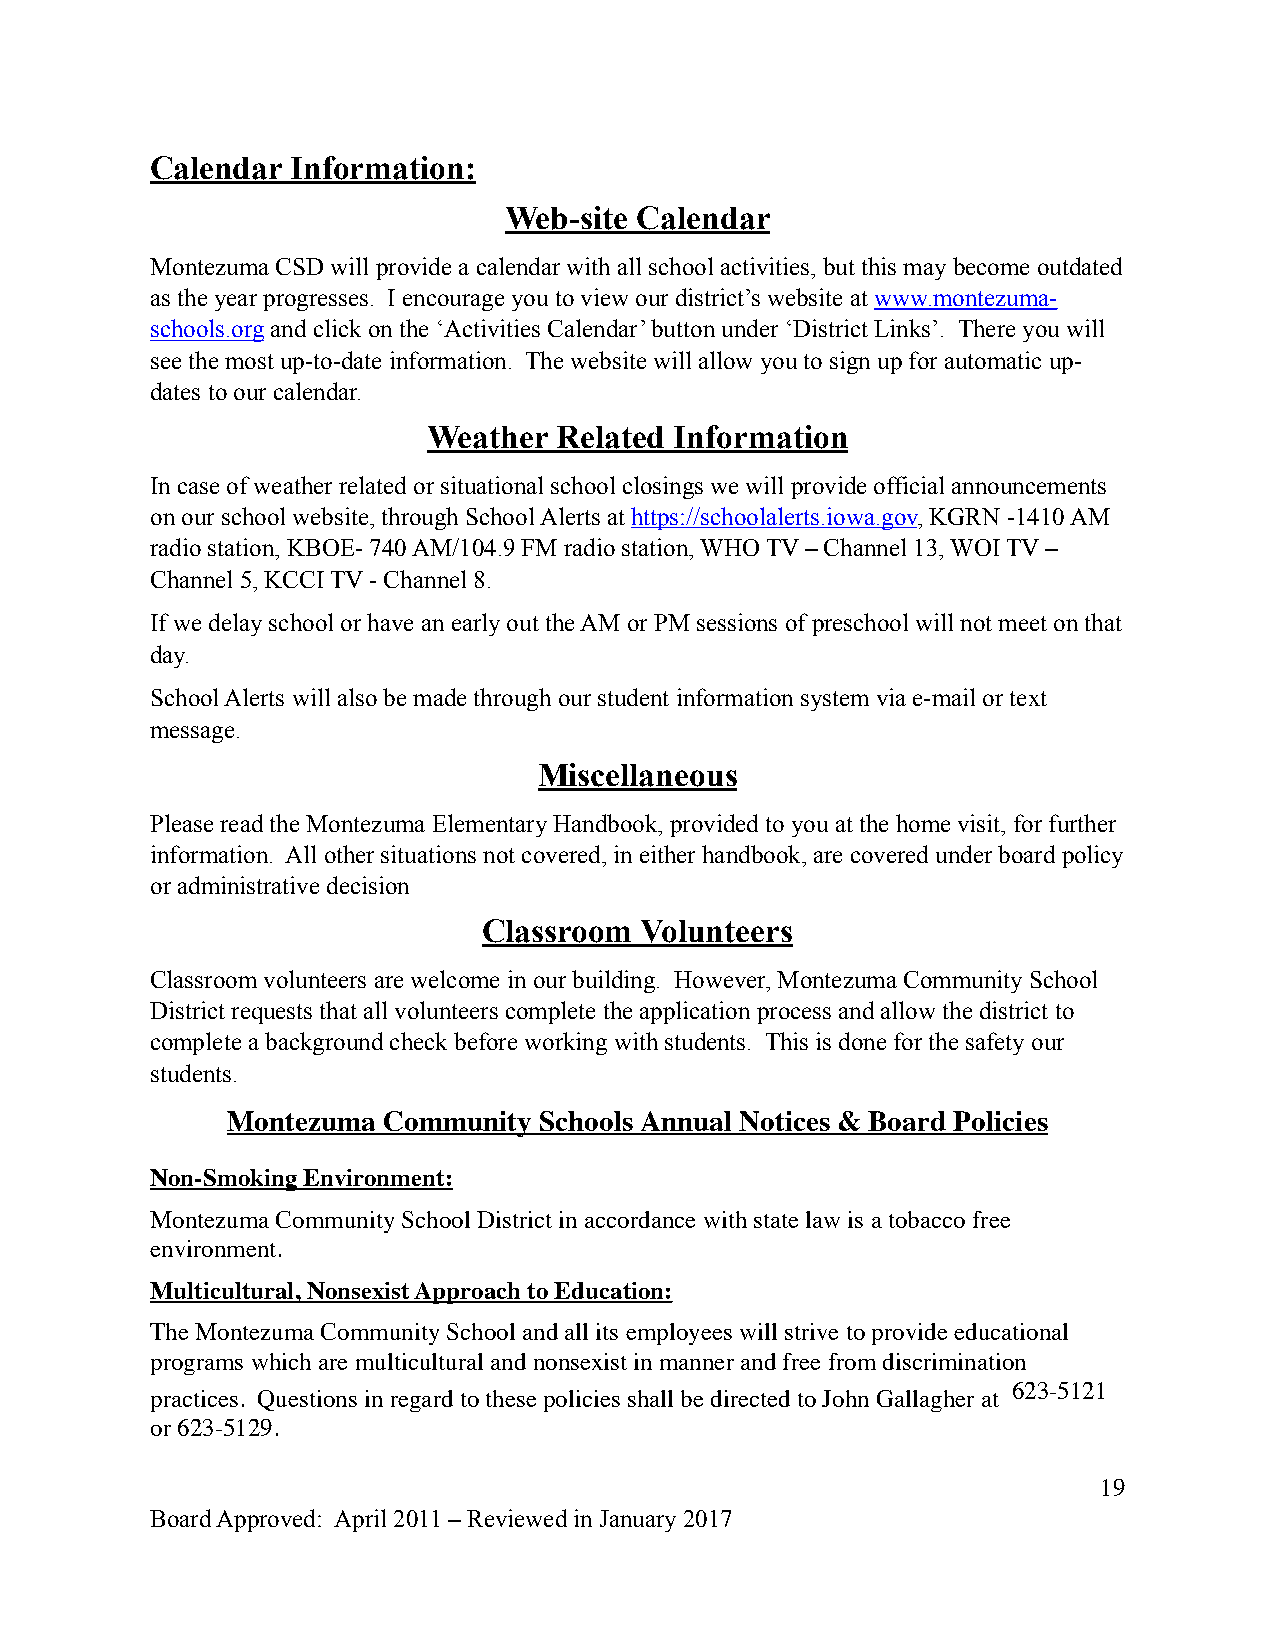
Calendar Information:
 Web-site Calendar
 Montezuma CSD will provide a calendar with all school activities, but this may become outdated
 as the year progresses. I encourage you to view our district’s website at www.montezuma-
 schools.org and click on the ‘Activities Calendar’ button under ‘District Links’. There you will
 see the most up-to-date information. The website will allow you to sign up for automatic up-
 dates to our calendar.
 Weather  Related Information
 In case of weather related or situational school closings we will provide official announcements
 on our school website, through School Alerts at https://schoolalerts.iowa.gov, KGRN -1410 AM
 radio station, KBOE- 740 AM/104.9 FM radio station, WHO TV – Channel 13, WOI TV –
 Channel 5, KCCI TV - Channel 8.
 If we delay school or have an early out the AM or PM sessions of preschool will not meet on that
 day.
 School Alerts will also be made through our student information system via e-mail or text
 message.
 Miscellaneous
 Please read the Montezuma Elementary Handbook, provided to you at the home visit, for further
 information. All other situations not covered, in either handbook, are covered under board policy
 or administrative decision
 Classroom Volunteers
 Classroom volunteers are welcome in our building. However, Montezuma Community School
 District requests that all volunteers complete the application process and allow the district to
 complete a background check before working with students. This is done for the safety our
 students.
 Montezuma Community  Schools Annual Notices & Board Policies
 Non-Smoking Environment:
 Montezuma Community School District in accordance with state law is a tobacco free
 environment.
 Multicultural, Nonsexist Approach to Education:
 The Montezuma Community School and all its employees will strive to provide educational
 programs which are multicultural and nonsexist in manner and free from discrimination
 623-5121
 practices. Questions in regard to these policies shall be directed to John Gallagher at
 or 623-5129.
 19
 Board Approved: April 2011 – Reviewed in January 2017